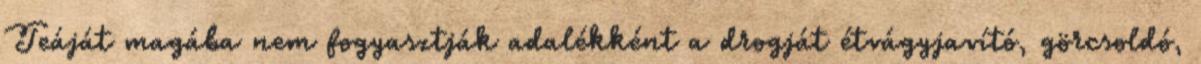
Teáját magába nem fogyasztják adalékként a drogját étvágyjavító, görcsoldó,